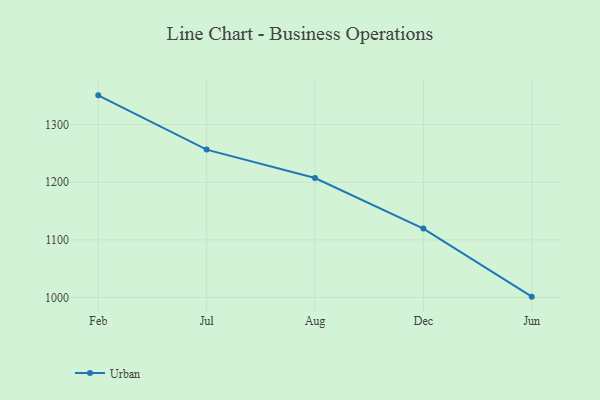
{"axis": {"x": "Month", "y": "Headcount"}, "legend": ["Urban"], "data": [{"x": "Feb", "y": 1350.9, "type": "Urban"}, {"x": "Jul", "y": 1256.7, "type": "Urban"}, {"x": "Aug", "y": 1207.3, "type": "Urban"}, {"x": "Dec", "y": 1119.6, "type": "Urban"}, {"x": "Jun", "y": 1001.4, "type": "Urban"}]}